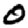
Digit: 0